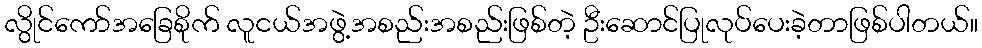
လွိုင်ကော်အခြေစိုက် လူငယ်အဖွဲ့အစည်းအစည်းဖြစ်တဲ့ ဦးဆောင်ပြုလုပ်ပေးခဲ့တာဖြစ်ပါတယ်။